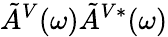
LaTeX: \tilde{A}^{V}(\omega)\tilde{A}^{V*}(\omega)